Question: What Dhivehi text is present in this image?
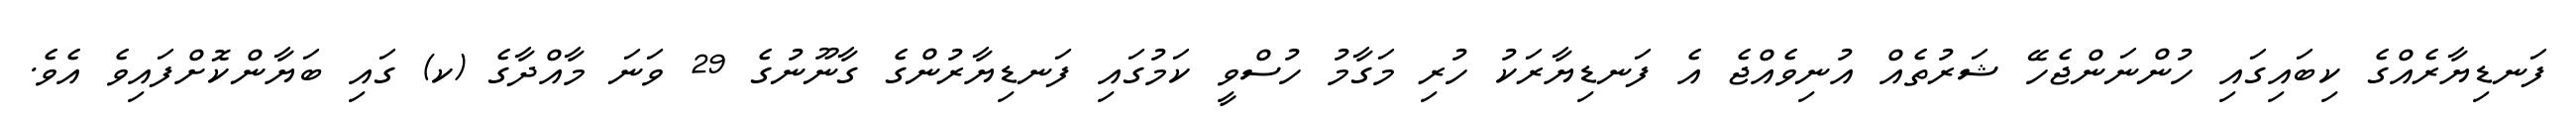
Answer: ފަނޑިޔާރެއްގެ ކިބައިގައި ހުންނަންޖެހޭ ޝަރުތެއް އުނިވެއްޖެ އެ ފަނޑިޔާރަކު ހުރި މަގާމު ހުސްވީ ކަމުގައި ފަނޑިޔާރުންގެ ގާނޫނުގެ 29 ވަނަ މާއްދާގެ (ކ) ގައި ބަޔާންކޮށްފައިވެ އެވެ.